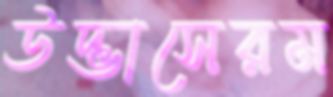
উদ্ভাসেরম